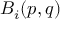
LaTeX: B _ { i } ( p , q )